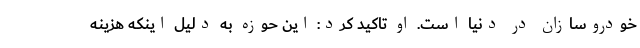
خودروسازان در دنیا است. او تاکید کرد: این حوزه به دلیل اینکه هزینه